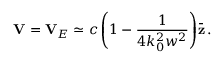
{ \bf V } = { \bf V } _ { E } \simeq c \left( 1 - \frac { 1 } { 4 k _ { 0 } ^ { 2 } w ^ { 2 } } \right) \! \bar { \bf z } \, .